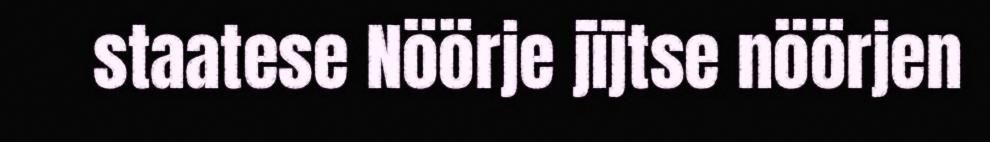
staatese Nöörje jïjtse nöörjen